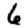
Digit: 6